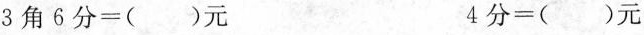
$$3角6分=()元$$ $$4分=()元$$